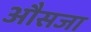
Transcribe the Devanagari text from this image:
औसजा